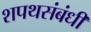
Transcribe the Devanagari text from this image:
शपथसंबंधी